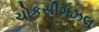
ચોકસીગઝલ